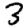
Digit: 3